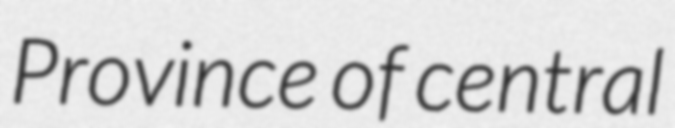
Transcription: Province of central